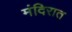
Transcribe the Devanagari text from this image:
मंदिरात